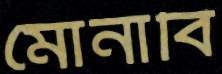
মোনাবি